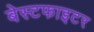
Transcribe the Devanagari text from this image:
बेस्टफाइटर